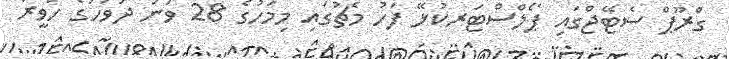
ގްރޫޕް ސެޓޭޖްގައި ޕޯލްސްޓަރކުޅޭ ފަހު މެޗުގައި މިމަހުގެ 28 ވަނަ ދުވަހުގެ ހަވީރު